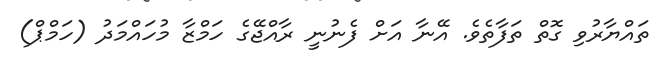
ތައްޔާރުވި ގޮތް ތަފާތެވެ. އޭނާ އަށް ފެނުނީ ރާއްޖޭގެ ހަމްޒާ މުހައްމަދު (ހަމްޕް)